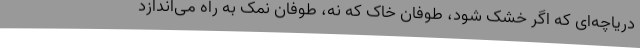
دریاچه‌ای که اگر خشک شود، طوفان خاک که نه، طوفان نمک به راه می‌اندازد